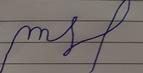
Signature authenticity: forged